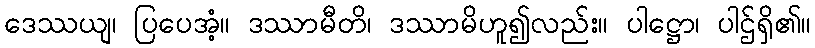
ဒေဿယျ၊ ပြပေအံ့။ ဒဿာမီတိ၊ ဒဿာမိဟူ၍လည်း။ ပါဋ္ဌော၊ ပါဌ်ရှိ၏။